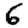
Digit: 6